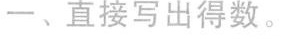
-﹑直接写出得数。